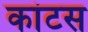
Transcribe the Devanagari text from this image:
कांटस